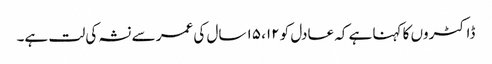
ڈاکٹروں کا کہنا ہے کہ عادل کو ۱۲، ۱۵ سال کی عمر سے نشہ کی لت ہے۔